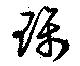
璃